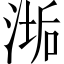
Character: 𬈉